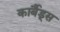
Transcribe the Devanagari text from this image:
कार्बैड्स